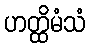
ဟတ္ထိမံသံ